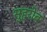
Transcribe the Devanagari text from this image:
सुहरोब